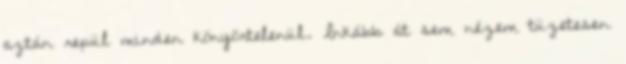
aztán repül minden könyörtelenül. Inkább át sem nézem tüzetesen